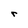
Character: r